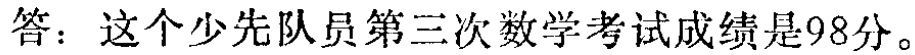
答：这个少先队员第三次数学考试成绩是98分。